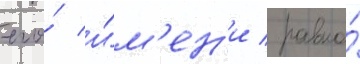
его́ и́м'ен'и / равно́